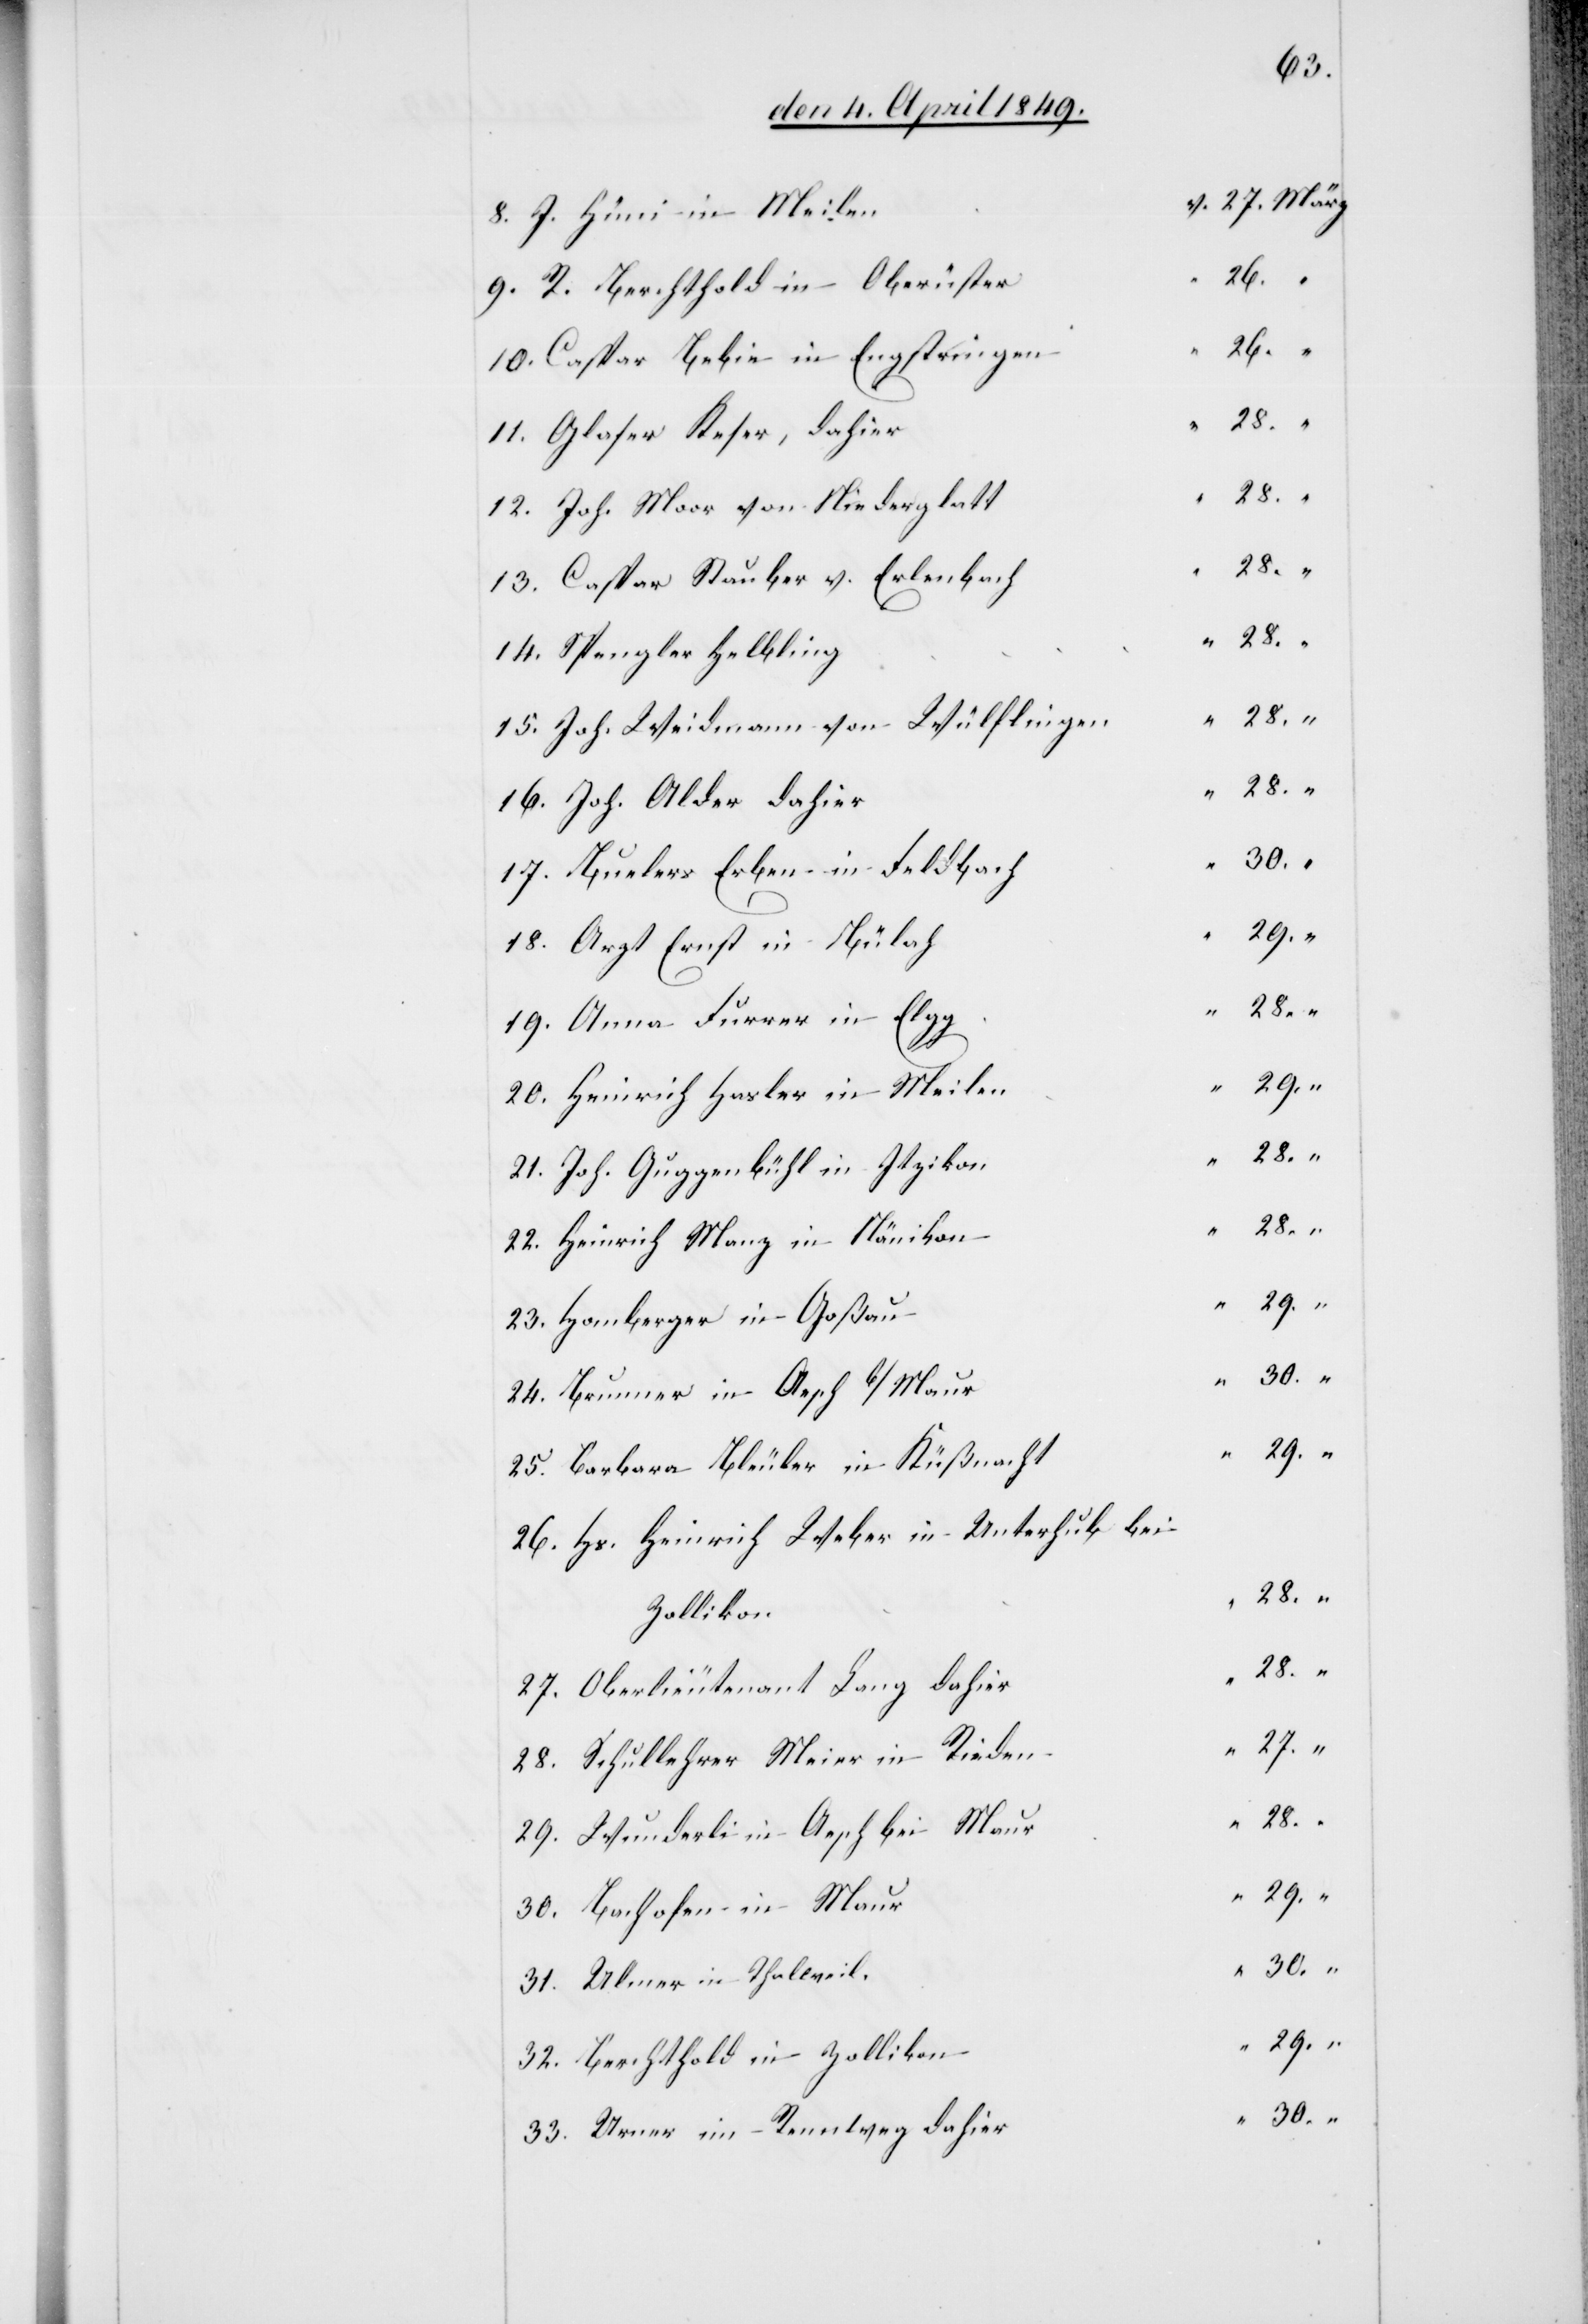
9. R. Berchthold in Oberuste¬
10. Caspar Bebie in Engstringe¬
12. Joh. Moor von Niederglat¬
13. Caspar Stauber v. Erlenbac¬
15. Joh. Weidmann von Wülflinge¬
17. Buelers Erben in Feldbac¬
19. Anna Furrer in
20. Heinrich Hasler in Meile¬
21. Joh. Guggenbühl in Itziko¬
22. Heinrich Manz in Näniko¬
24. Brunner in Aesch
25. Barbara Bleuler in Küßnach¬
26. Hs. Heinrich Weber in Unterhub bei
27. Oberlieutenant Lang dahie¬
28. Schullehrer Meier in Riede¬
29. Wunderli in Aesch bei
33. Urner im Rennweg dahie¬

n	“	28.		“

32.

in

16.
Joh.
Alder
r	“	30.		“
r	“	28.		“
Keser,
h	“	30.		“
18.
30.